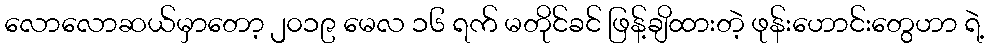
လောလောဆယ်မှာတော့ ၂၀၁၉ မေလ ၁၆ ရက် မတိုင်ခင် ဖြန့်ချိထားတဲ့ ဖုန်းဟောင်းတွေဟာ ရဲ့